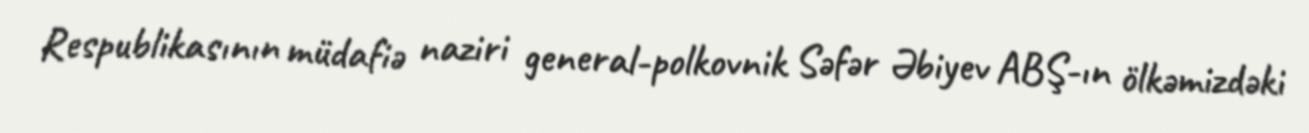
Respublikasının müdafiə naziri general-polkovnik Səfər Əbiyev ABŞ-ın ölkəmizdəki